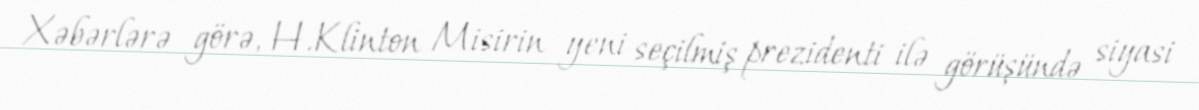
Xəbərlərə görə, H.Klinton Misirin yeni seçilmiş prezidenti ilə görüşündə siyasi